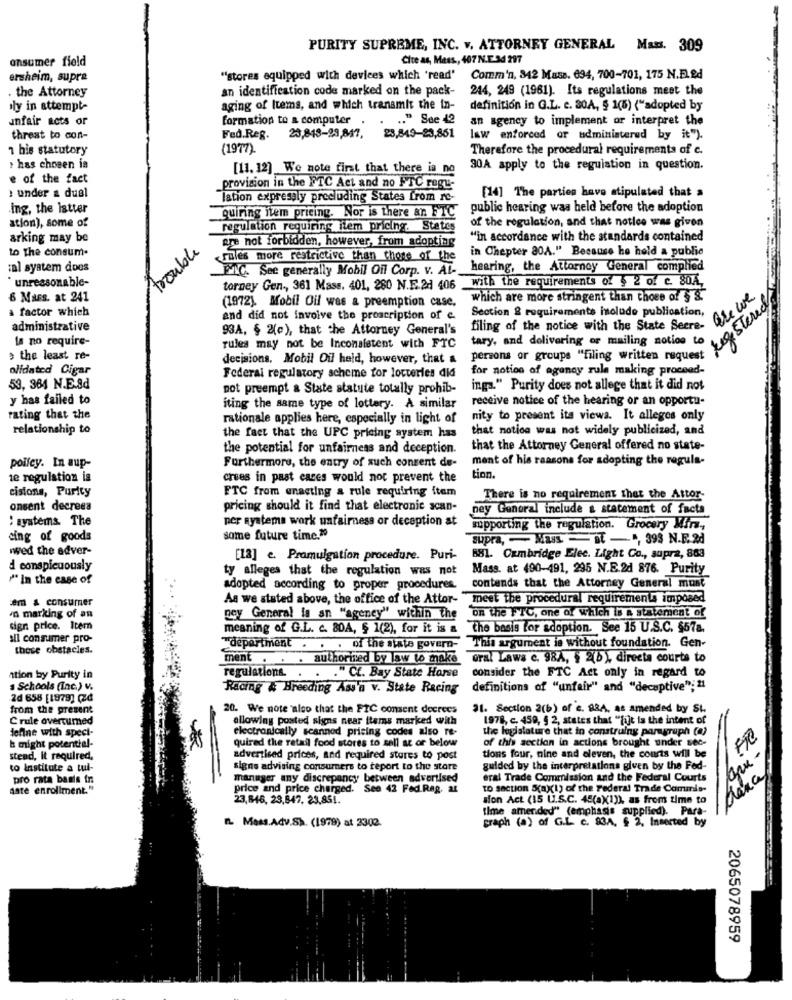
PURITY SUPREME, INC. v, ATTORNEY GENERAL Man. 309
onsumer field
Cite as, Mass ., 407 N.E.34 297
ersheim, supra
""stores equipped with devices which 'read' Comm'n, 342 Mass. 694, 700-701, 175 N.FL&d
an identification code marked on the pack-
244, 249 (1961). Its regulations meet the
the Attorney
ly in attempt-
aging of Items, and which transmit the in-
definition in G.L. c. 30A, § 1(6) ("adopted by
unfair nots or
formation to a computer .
.. " Ste 42
an agency to implement or interpret the
threat to con-
Fed.Reg.
23,848-93,847, 23,849-23,861
law enforced or administered by it").
1 bis statutory
(1977).
Therefore the procedural requirements of c.
. has chosen ia
[11.12] We note first that there is no
30A apply to the regulation in question.
e of the fact
provision in the FTC Act and no FTC regu-
: under a dual
lation expressly precluding States from re-
[14] The parties have stipulated that a
Ing, the latter
public hearing was held before the adoption
ation), some of
quiring item pricing. Nor is there an FTC
regulation requiring item pricing. States
of the regulation, and that notice was given
arking may be
gre not forbidden, however, from adopting
"in accordance with the standards contained
to The consum-
trouble
in Chepter 80A." Because he held a public
rules more restrictive than those of the
:al system does
MC. See generally Mobil Oil Corp. v. AL -.
hearing, the Attorney General complied
* unreasonable-
With the requirements of $ 2 of c. 80A,
torney Gen ,, 361 Mass. 401, 280 N.E.24 406
8 Mass. at 241
which are more stringent than those of $ &.
a factor which
(1972). Mobil Oil was a preemption case.
Section & requirements include publication
registero
and did not involve the prescription of e
filing of the notice With the State Secre" Ate U.
administrative
93A, § 2(e), that the Attorney General's
la no require-
tary, and delivering or mailing notion to
rules may not be Inconsistent with FTC
the least re-
decisions. Mobil Oil held, however, that a
persons or groups "filing written request
olidated Cigar
for notion of agency rule making proceed-
Federal regulatory scheme tor locteries did
59, 364 N.E.8d
not preempt & State statute totally prohib-
inga." Purity does not allege that it did not
y has failed to
receive notice of the hearing or an opportu-
iting the same type of lottery. A similar
rating that the
rationale applies here, especially in light of
nity to present its viewa. It alleges only
relationship to
that notice was not widely publicized, and
the fact that the UPC pricing system has
the potential for unfairneas and deception.
that the Attorney General offered no state-
ment of his reasons for adopting the regula-
poifey. In aup-
Furthermore, the entry of such consent du-
te regulation ia
crees in past cases would not prevent the
tion.
cisions, Purity
FTC from enacting a rule requiring item
There is no requirement that the Attor-
onsent decrees
pricing should it find that electronic scan-
ney Ganoral include & statement of facts
: systems. The
per nyatema work unfairness or deception at
supporting the regulation. Grocery Miis,
cing of goods
some future time.20
supra, - Mass - Bt -, 393 N.E. 2d
wwwed the adver-
[13] e. Promulgation procedure. Puri-
681. Cambridge Elec. Light Co ., supra, 883
d conspicuously
ty alleges that the regulation was not
Mass. at 490-491, 295 N.E.2d 876. Purity
" In the case of
adopted according to proper procedures.
contends that the Attorney General must
:em & consumer
As we stated above, the office of the Attor- "meet the procedural requirements imposed
'n marking of an
on the FTC, one of Which is a statement of
ney General is an "ageney" within the
sign price. Item
meaning of G.L. c. 80A, $ 1(2), for it is a the basis for adoption. See 15 U.S.C. $57a.
sil consumer pro-
these obstacles.
department . . . of the state govern- This argument is without foundation. Gen-
ment . . . authorized by law to make oral Laws c. 98A, § 2(b), directa courts to
ation by Purity in
regulations ...
." Cf. Bay State Horse
consider the FTC Act only in regard to
. Schools (Inc.) v.
Racing # Breeding Ass'a v. State Racing
definitions of "unfair" and "deceptive"; 21
20 158 [1879] (Zd
from the present
20. We note aloo that the FIC consent decrees
31. Section 2(b) of c. B&A, as amended by St.
C rule overtumed
allowing posted signs near items marked with
1978, c. 450, 5 2, states that "[ijt is the intent of
dofine with speci-
electronically scanned pricing codes also re-
the legislature that in construing paragraph (a)
of this section in actions brought under sec-
k might potential-
*
quired the retail food stores to sell ac or below
stend, It required,
advertised prices, and required stores to post
tions four, nine and eleven, the courts will be
to institute a tul-
signs advising consumers to report to the store
guided by the interpretations given by the Fed-
pro rata basis fra
manager any discrepancy between advertised
eral Trade Commission and the Federal Courts
date enrollment."
price and price charged. See 42 Fed.Rag, at
TO section S(aX(1) of the Federal Trade Commis-
23,846, 23,847, 23,851.
sion Act (15 U.S.C. 45(a)(1)), as from time to
time amended" (emphasis supplied). Para-
IL Mess.Adv.Sh. (1979) at 2302.
graph (a) of G.L. c. 83A, $ 2, Inserted by
2065078959